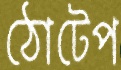
ঠোটেপ